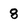
Character: 8